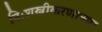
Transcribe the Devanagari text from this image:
निःशस्त्रीकरणाच्या